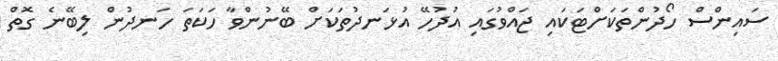
ސައިންސް ހޯދުންތަކަށްޓަކައި ޖައްވުގައި އުދުހޭ އުޅަނދުތަކަށް ބޭނުންވާ ހަކަތަ ހަނދުން ލިބޭނެ ގޮތް